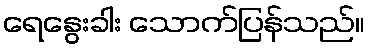
ရေနွေးခါး သောက်ပြန်သည်။